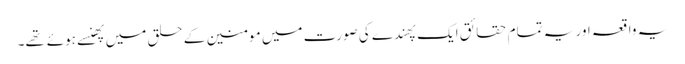
یہ واقعہ اور یہ تمام حقائق ایک پهندے کی صورت میں مومنین کے حلق میں پهنسے ہوئے تهے۔